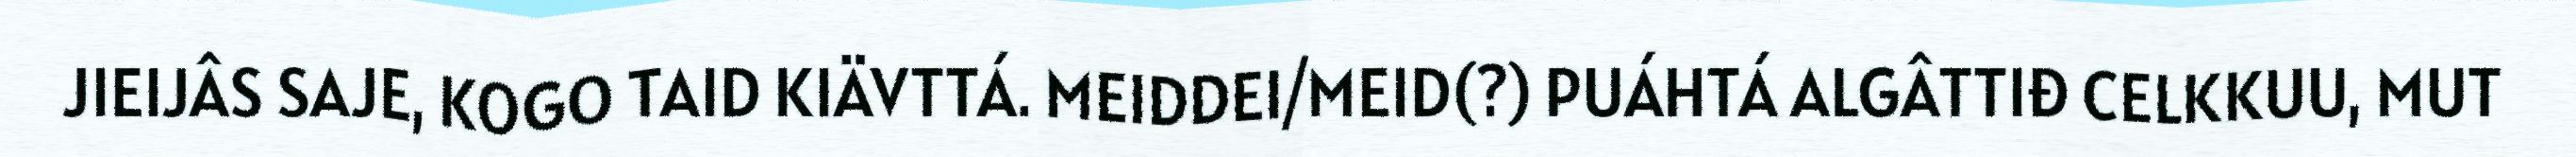
JIEIJÂS SAJE, KOGO TAID KIÄVTTÁ. MEIDDEI/MEID(?) PUÁHTÁ ALGÂTTIĐ CELKKUU, MUT